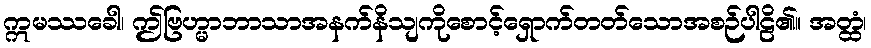
ဣမဿခေါ၊ ဤဗြဟ္မာဘာသာအနက်နိသျကိုစောင့်ရှောက်တတ်သောအစဉ်ပါဠိ၏။ အတ္ထံ၊